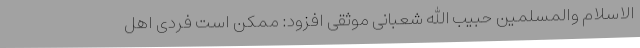
الاسلام والمسلمین حبیب الله شعبانی موثقی افزود: ممکن است فردی اهل